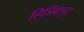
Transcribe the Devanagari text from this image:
हिडिंबापुर